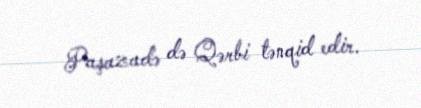
Paşazadə də Qərbi tənqid edir.